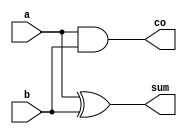
module HA(input wire a,input wire b,output wire sum,output wire co);
    assign sum = a^b;
    assign co = a&b;
endmodule